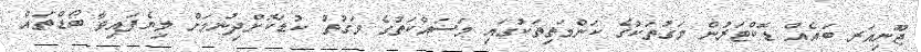
ޖޫނިއަރ ބައެއް ޑޮކްޓަރުން މަގުތަކުގެ ކަންމަތިތަކުގައި މަސައްކަތުގެ ވަގުތު ކުޑަކޮށްދިނުމަށް ލިޔެފައިވާ ބޯޑްތައް